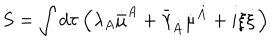
S = \int d \tau \left( \lambda _ { A } \dot { \bar { \mu } } ^ { A } + \bar { \lambda } _ { \dot { A } } \dot { { \mu } } ^ { \dot { A } } + i \xi \dot { \xi } \right)